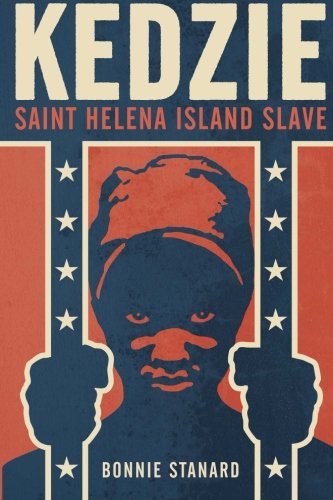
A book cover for Kedzie: Saint Helena Island Slave; Bonnie Stanard; Literature & Fiction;